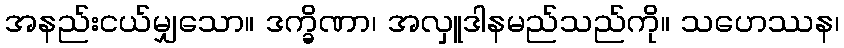
အနည်းငယ်မျှသော။ ဒက္ခိဏာ၊ အလှူဒါနမည်သည်ကို။ သဟေဿန၊